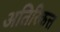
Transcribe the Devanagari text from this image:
अतिरिकत्त